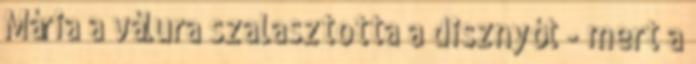
Mária a válura szalasztotta a disznyót - mert a